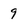
Character: 9